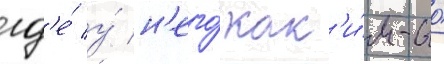
гд'е́ у́ н'его́ как'и́м-то́